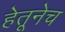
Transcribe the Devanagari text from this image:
हेतूनेच